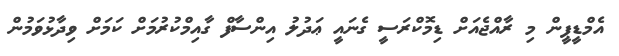
އެމްޑީޕީން މި ރާއްޖެއަށް ޑިމޮކްރަސީ ގެނައީ ޢަދުލު އިންސާފް ގާއިމްކުރުމަށް ކަމަށް ވިދާޅުވަމުން